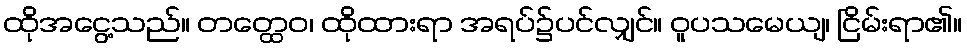
ထိုအငွေ့သည်။ တတ္ထေဝ၊ ထိုထားရာ အရပ်၌ပင်လျှင်။ ဝူပသမေယျ၊ ငြိမ်းရာ၏။